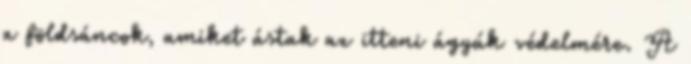
a földsáncok, amiket ástak az itteni ágyúk védelmére. A